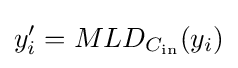
y_{i}'=MLD_{C_{\text{in}}}(y_{i})